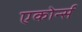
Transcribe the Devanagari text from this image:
एकोर्न्स